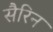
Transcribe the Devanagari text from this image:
सैरिन